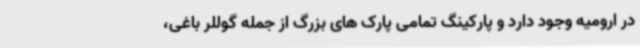
در ارومیه وجود دارد و پارکینگ تمامی پارک های بزرگ از جمله گوللر باغی،